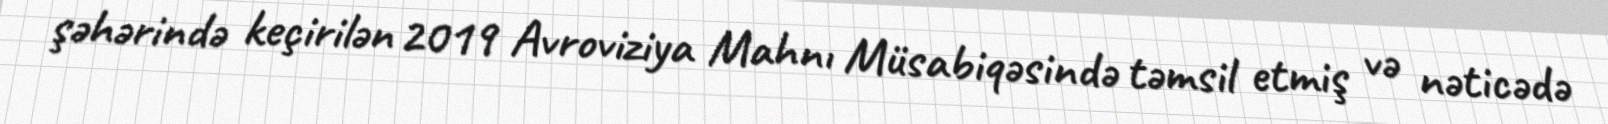
şəhərində keçirilən 2019 Avroviziya Mahnı Müsabiqəsində təmsil etmiş və nəticədə